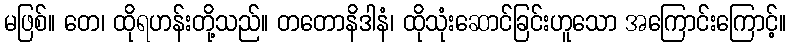
မဖြစ်။ တေ၊ ထိုရဟန်းတို့သည်။ တတောနိဒါနံ၊ ထိုသုံးဆောင်ခြင်းဟူသော အကြောင်းကြောင့်။